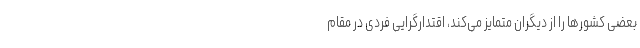
بعضی کشورها را از دیگران متمایز می­کند، اقتدارگرایی فردی در مقامِ